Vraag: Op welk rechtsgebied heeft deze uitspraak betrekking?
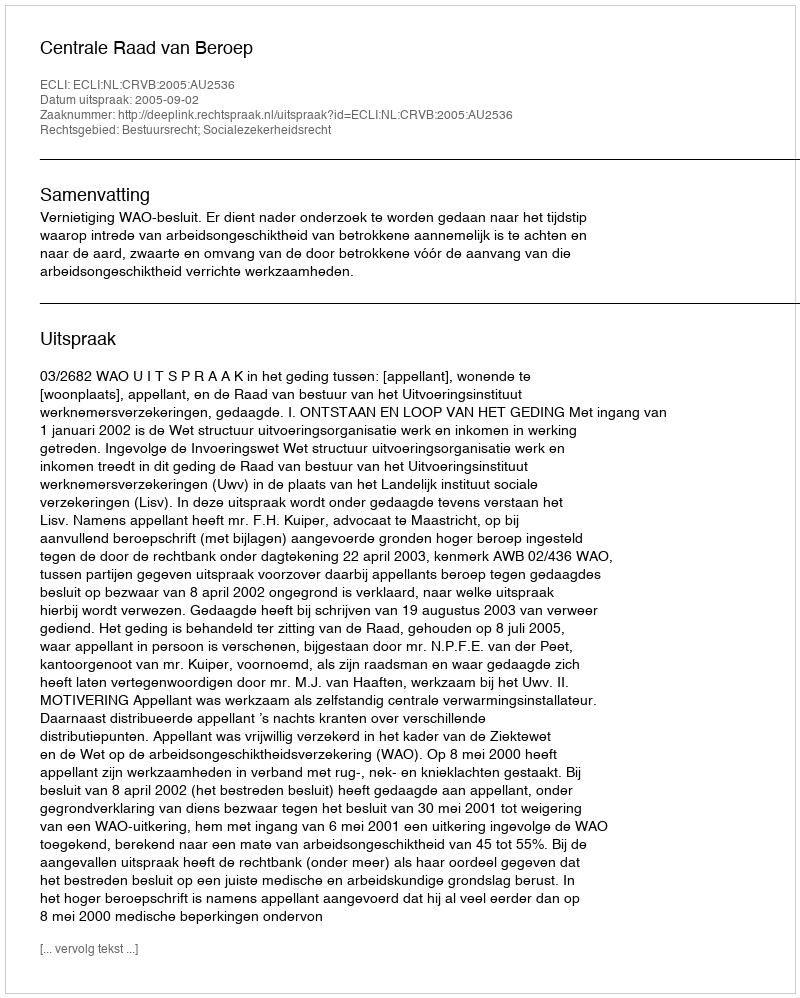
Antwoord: Bestuursrecht; Socialezekerheidsrecht